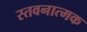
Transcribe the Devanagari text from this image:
स्तवनात्मक